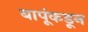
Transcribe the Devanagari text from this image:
बापूंकडून